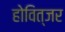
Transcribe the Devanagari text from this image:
होवित्जर